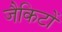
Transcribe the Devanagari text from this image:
जैकिटों